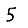
Digit: 5